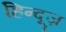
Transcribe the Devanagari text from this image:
हिन्दूज़